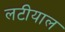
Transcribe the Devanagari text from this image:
लटीयाल